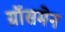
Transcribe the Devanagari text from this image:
ग्रॉसमेन